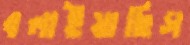
বলাইয়াছিস